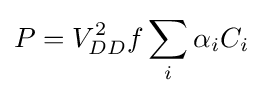
P=V_{DD}^{2}f\sum _{i}{\alpha _{i}}{C_{i}}